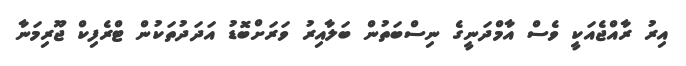
އިރު ރާއްޖެއަކީ ވެސް އާމްދަނީގެ ނިސްބަތުން ބަލާއިރު ވަރަށްބޮޑު އަދަދުތަކުން ޓްރެފިކް ޖޫރިމަނާ